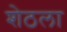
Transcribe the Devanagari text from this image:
शेठला